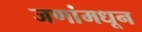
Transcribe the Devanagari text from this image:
जणांमधून